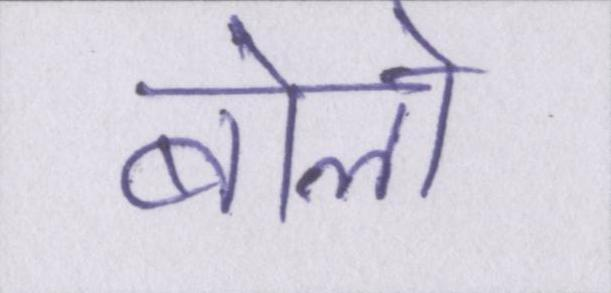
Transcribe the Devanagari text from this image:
बोलो